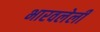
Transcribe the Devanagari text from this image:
भारवलेली